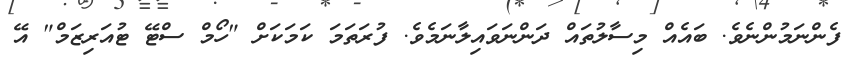
ފެންނަމުންނެވެ. ބައެއް މިސާލުތައް ދަންނަވައިލާނަމެވެ. ފުރަތަމަ ކަމަކަށް "ހޯމް ސްޓޭ ޓުއަރިޒަމް" އޭ